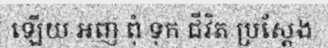
ឡើយ អញ ពុំ ទុក ជីវិត ប្រស្តែង